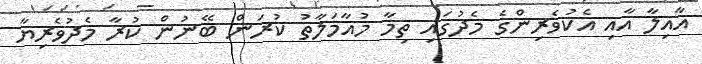
އާއިލާ އާއި އެކުވެރިންގެ މެދުގައި ތިމާ މުއާމަލާތު ކުރަން ބޭނުން ކުރާ މެދުވެރިޔާ